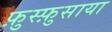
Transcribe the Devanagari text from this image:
फ़ुस्फ़ुसाया